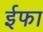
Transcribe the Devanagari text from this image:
ईफा